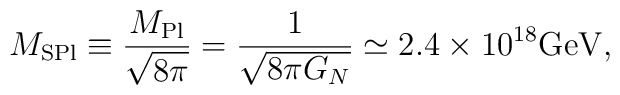
M_{\rm SPl}\equiv \frac{M_{\rm Pl}}{\sqrt{8\pi}}=\frac{1}{\sqrt{8\pi G_N}}\simeq 2.4\times 10^{18}{\rm GeV},